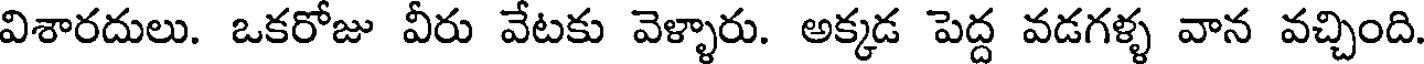
విశారదులు. ఒకరోజు వీరు వేటకు వెళ్ళారు. అక్కడ పెద్ద వడగళ్ళ వాన వచ్చింది